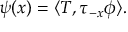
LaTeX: \psi ( x ) = \langle T , \tau _ { - x } \phi \rangle .